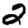
Digit: 2